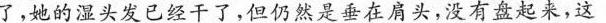
了,她的湿头发已经干了，但仍然是垂在肩头，没有盘起来，这